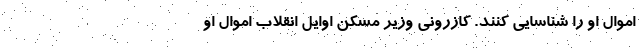
اموال او را شناسایی کنند. کازرونی وزیر مسکن اوایل انقلاب اموال او